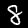
Label: 8